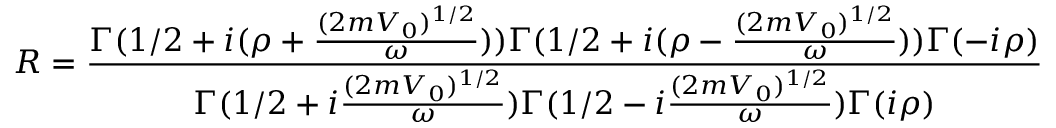
R = \frac { \Gamma ( 1 / 2 + i ( \rho + \frac { ( 2 m V _ { 0 } ) ^ { 1 / 2 } } { \omega } ) ) \Gamma ( 1 / 2 + i ( \rho - \frac { ( 2 m V _ { 0 } ) ^ { 1 / 2 } } { \omega } ) ) \Gamma ( - i \rho ) } { \Gamma ( 1 / 2 + i \frac { ( 2 m V _ { 0 } ) ^ { 1 / 2 } } { \omega } ) \Gamma ( 1 / 2 - i \frac { ( 2 m V _ { 0 } ) ^ { 1 / 2 } } { \omega } ) \Gamma ( i \rho ) }